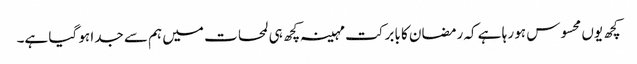
کچھ یوں محسوس ہو رہا ہے کہ رمضان کا بابرکت مہینہ کچھ ہی لمحات میں ہم سے جدا ہو گیا ہے۔